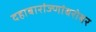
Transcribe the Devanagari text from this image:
दहाबारांज्णांबरोबर